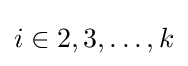
i\in {2,3,\ldots ,k}